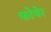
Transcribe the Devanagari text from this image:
फोयेर